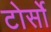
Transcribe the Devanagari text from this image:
टोर्सो